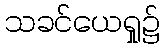
သခင်ယေရှု၌